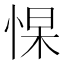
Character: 𭝑